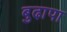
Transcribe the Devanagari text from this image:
बुढा़पा